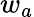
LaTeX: w_{a}